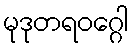
မုဒုတရဝဂ္ဂေါ